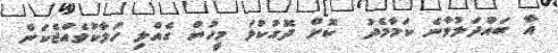
އާ ބައްދަލުވާނެ ކަމާމެދު  ކޮށް ދޮގުކުޅަ މީހުން ގެއްލި ހަލާކުވެއްޖެކަން